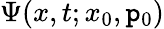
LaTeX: \Psi(x,t;x_{0},\mathtt{p}_{0})